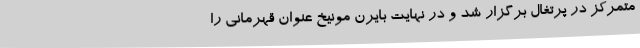
متمرکز در پرتغال برگزار شد و در نهایت بایرن مونیخ عنوان قهرمانی را